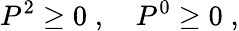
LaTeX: P^{2}\ge 0\; ,\quad P^{0}\ge 0\; ,